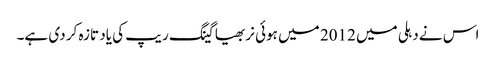
اس نے دہلی میں 2012 میں ہوئی نربھیا گینگ ریپ کی یاد تازہ کر دی ہے۔